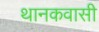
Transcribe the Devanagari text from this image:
थानकवासी